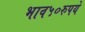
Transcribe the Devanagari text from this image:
भाव५०रुपये